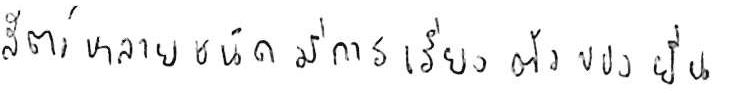
สัตว์หลายชนิดมีการเรียงตัวของยีน